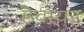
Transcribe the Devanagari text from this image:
हेवायर